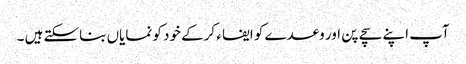
آپ اپنے سچے پن اور وعدے کو ایفا ء کرکے خود کو نمایاں بناسکتے ہیں ۔